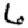
Digit: 6